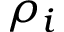
\rho _ { i }